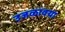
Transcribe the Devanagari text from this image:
उजळावया